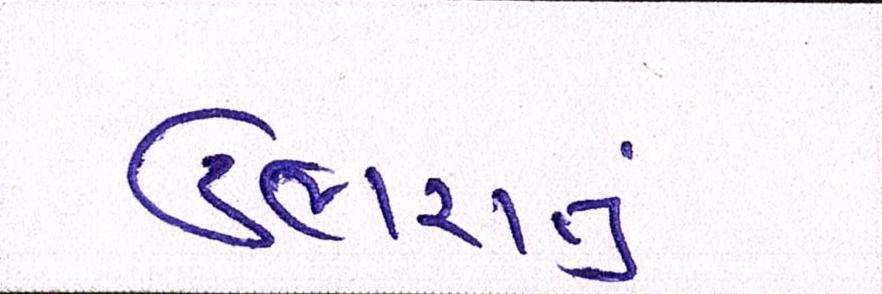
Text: ઉભરાતું